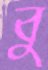
বু